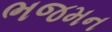
ભજમન